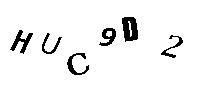
HUC9D2